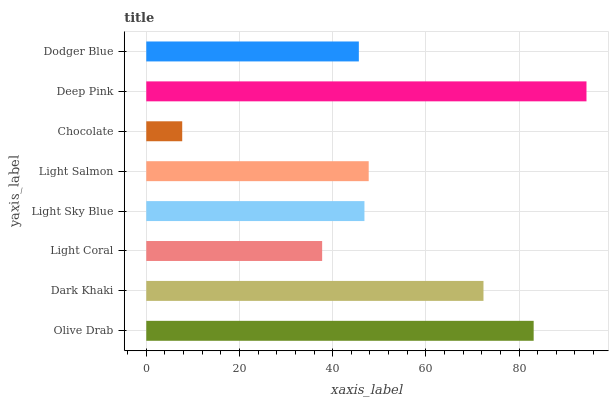
| yaxis_label | bars |
 | --- | --- |
 | Olive Drab | 83.1 |
 | Dark Khaki | 72.4 |
 | Light Coral | 37.7 |
 | Light Sky Blue | 46.8 |
 | Light Salmon | 47.7 |
 | Chocolate | 7.71 |
 | Deep Pink | 94.5 |
 | Dodger Blue | 45.6 |